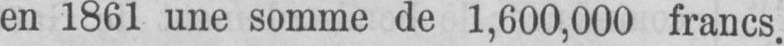
en 1861 une somme de 1,600,000 francs.